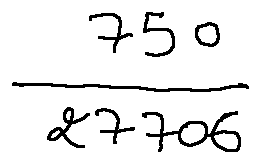
\frac { 7 5 0 } { 2 7 7 0 6 }